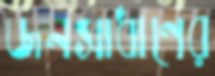
জনসাধাণের